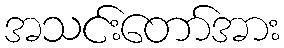
အသင်းတော်အား